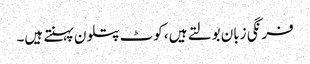
فرنگی زبان بولتے ہیں، کوٹ پتلون پہنتے ہیں۔